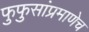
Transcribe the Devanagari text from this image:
फुफुसांप्रमाणेच